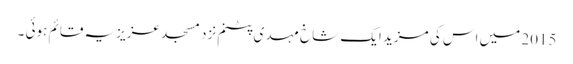
2015 میں اس کی مزید ایک شاخ مہدی پٹنم نزد مسجد عزیزیہ قائم ہوئی ۔